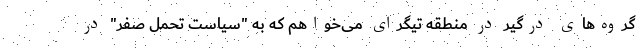
گروه‌های درگیر در منطقه تیگرای می‌خواهم که به "سیاست تحمل صفر" در